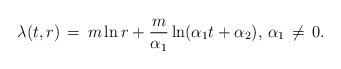
LaTeX: \begin{align*} \lambda (t,r)\,=\, m\ln r+\frac{m}{{{\alpha }_{1}}}\ln ({{\alpha }_{1}}t+{{\alpha }_{2}}), \, {{\alpha }_{1}}\, \neq \, 0.\end{align*}